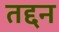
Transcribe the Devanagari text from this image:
तद्दन